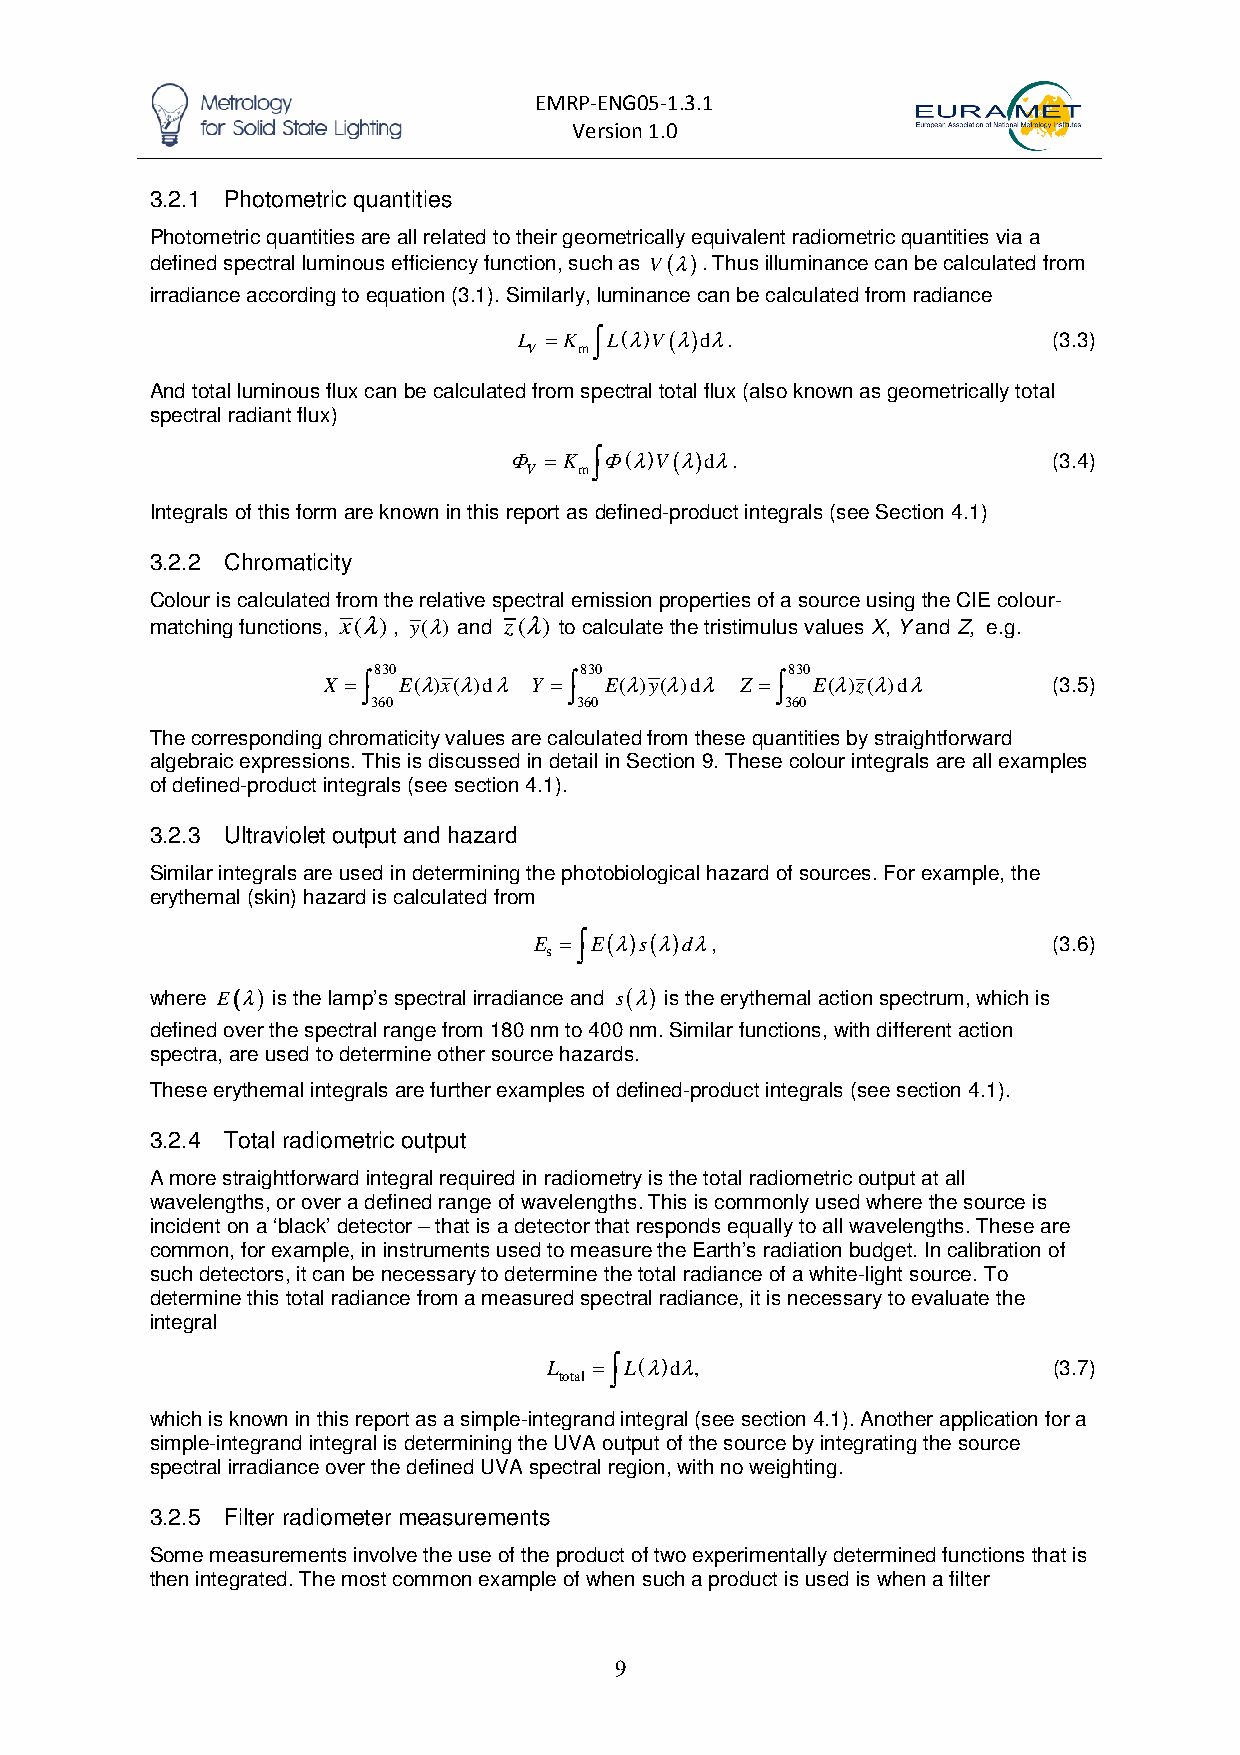
EMRP-ENG05-1.3.1
 Version 1.0
 3.2.1 Photometric quantities
 Photometric quantities are all related to their geometrically equivalent radiometric quantities via a
 defined spectral luminous efficiency function, such as V(λ). Thus illuminance can be calculated from
 irradiance according to equation (3.1). Similarly, luminance can be calculated from radiance
 L =K ∫ L(λ)V(λ)dλ.                  (3.3)
 V  m
 And total luminous flux can be calculated from spectral total flux (also known as geometrically total
 spectral radiant flux)
 Φ =K ∫ Φ(λ)V(λ)dλ.                  (3.4)
 V  m
 Integrals of this form are known in this report as defined-product integrals (see Section 4.1)
 3.2.2 Chromaticity
 Colour is calculated from the relative spectral emission properties of a source using the CIE colour-
 matching functions, x(λ), y(λ) and z(λ) to calculate the tristimulus values X, Y and Z, e.g.
 830          830           830
 ∫             ∫            ∫
 X =  E(λ)x(λ)dλ Y = E(λ)y(λ)dλ Z = E(λ)z(λ)dλ    (3.5)
 360          360           360
 The corresponding chromaticity values are calculated from these quantities by straightforward
 algebraic expressions. This is discussed in detail in Section 9. These colour integrals are all examples
 of defined-product integrals (see section 4.1).
 3.2.3 Ultraviolet output and hazard
 Similar integrals are used in determining the photobiological hazard of sources. For example, the
 erythemal (skin) hazard is calculated from
 E =∫ E(λ)s(λ)dλ,                   (3.6)
 s
 where E((((λ)))) is the lamp’s spectral irradiance and s(λ) is the erythemal action spectrum, which is
 defined over the spectral range from 180 nm to 400 nm. Similar functions, with different action
 spectra, are used to determine other source hazards.
 These erythemal integrals are further examples of defined-product integrals (see section 4.1).
 3.2.4 Total radiometric output
 A more straightforward integral required in radiometry is the total radiometric output at all
 wavelengths, or over a defined range of wavelengths. This is commonly used where the source is
 incident on a ‘black’ detector – that is a detector that responds equally to all wavelengths. These are
 common, for example, in instruments used to measure the Earth’s radiation budget. In calibration of
 such detectors, it can be necessary to determine the total radiance of a white-light source. To
 determine this total radiance from a measured spectral radiance, it is necessary to evaluate the
 integral
 L  =∫ L(λ)dλ,                     (3.7)
 total
 which is known in this report as a simple-integrand integral (see section 4.1). Another application for a
 simple-integrand integral is determining the UVA output of the source by integrating the source
 spectral irradiance over the defined UVA spectral region, with no weighting.
 3.2.5 Filter radiometer measurements
 Some measurements involve the use of the product of two experimentally determined functions that is
 then integrated. The most common example of when such a product is used is when a filter
 9